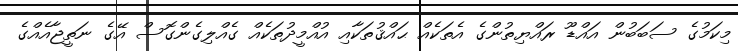
މިކަމުގެ ސަބަބުން އައްޑޫ ރައްޔިތުންގެ އެތަކެއް ޙައްޤުތަކާއި އުއްމީދުތަކެއް ގެއްލިގެންގޮސް އޭގެ ނަތީޖާއެއްގެ